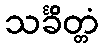
သင်္ခိတ္တံ